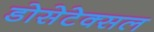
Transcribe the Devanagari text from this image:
डोसेटेक्सल